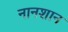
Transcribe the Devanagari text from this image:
नानशान